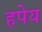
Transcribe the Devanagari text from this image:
हपेय